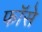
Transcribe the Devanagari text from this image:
फॉसे